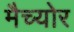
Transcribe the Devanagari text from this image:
मैच्योर